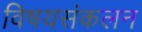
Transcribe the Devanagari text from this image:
विषयसंकलन